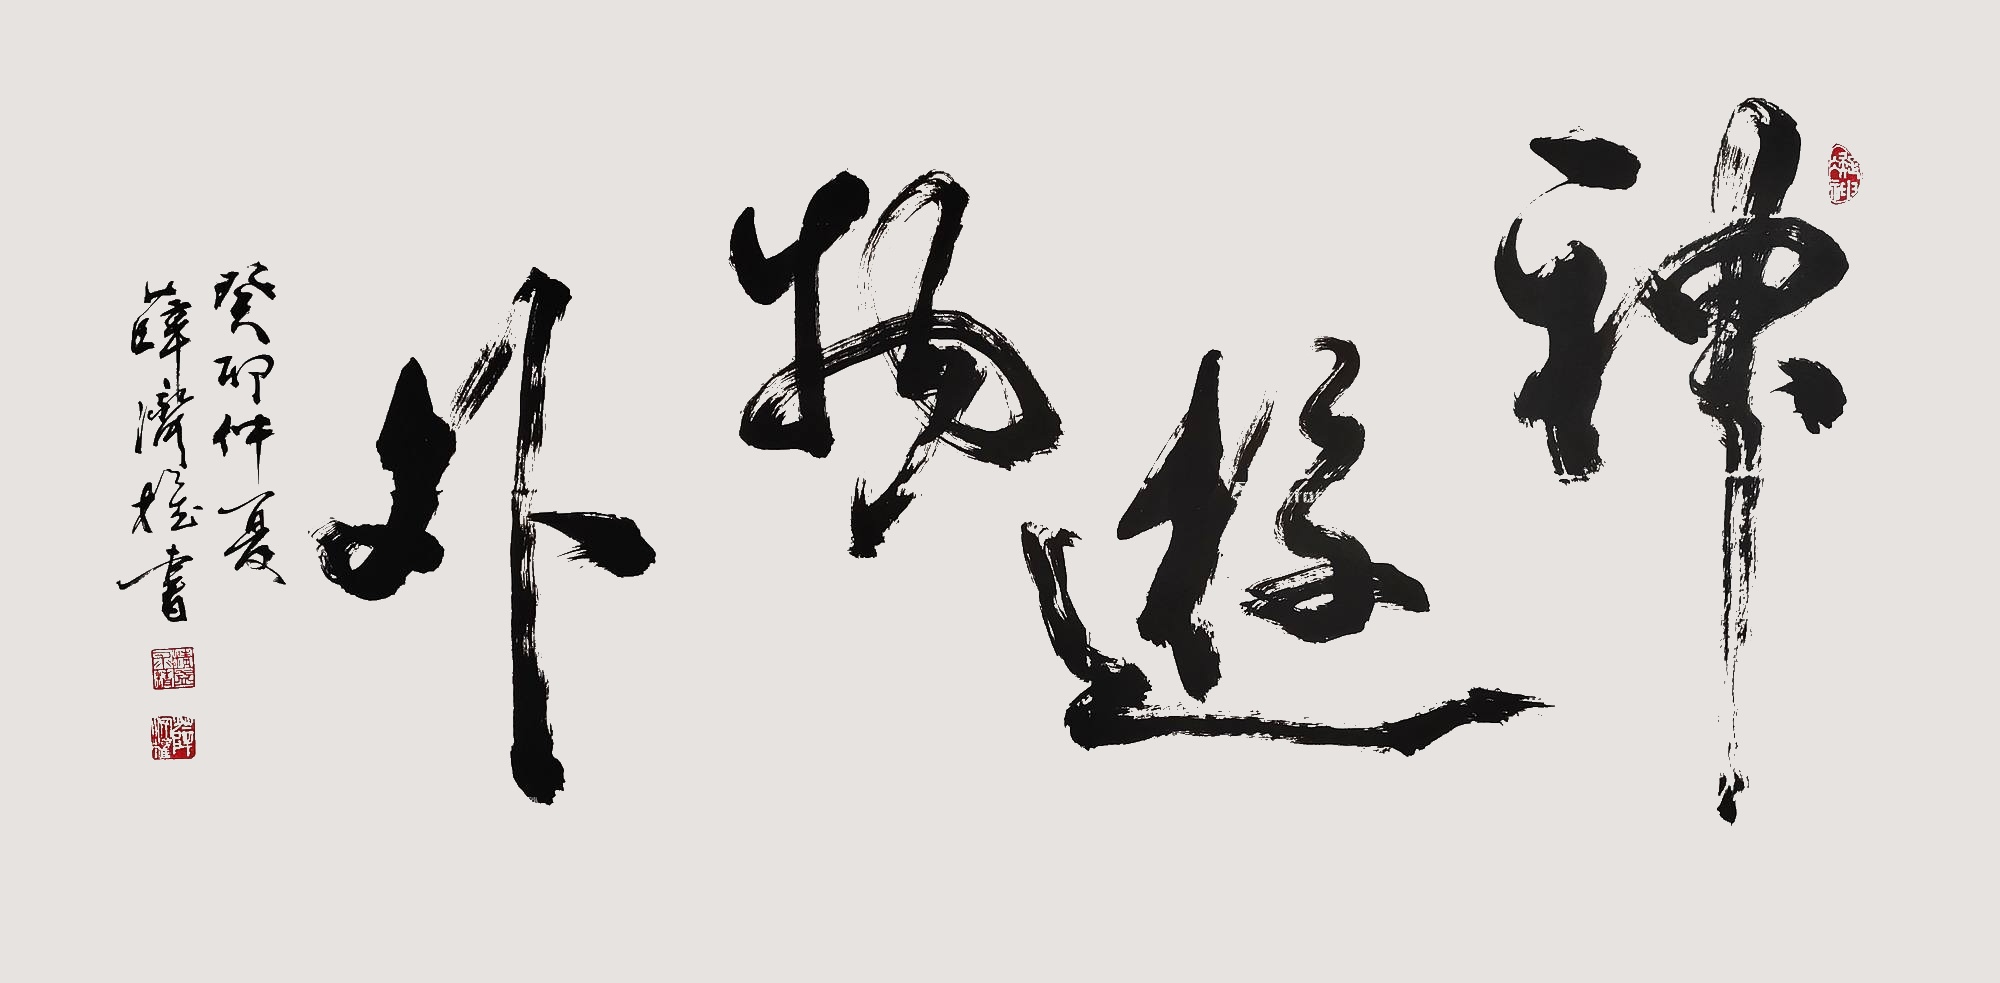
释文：神游物外癸卯仲夏薛济权书